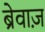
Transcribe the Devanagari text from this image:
ब्रेवाज़